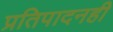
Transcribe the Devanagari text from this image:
प्रतिपादनही